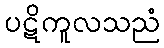
ပဋိကူလသညံ